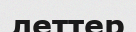
леттер